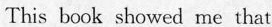
This book showed me that